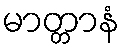
မာတ္တာနံ